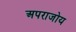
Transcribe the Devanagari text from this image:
अपराजोय